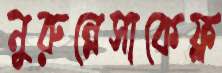
নুরুন্নেসাকেফ্ল